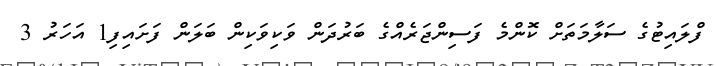
ފްލައިޓުގެ ސަލާމަތަށް ކޮންމެ ފަސިންޖަރެއްގެ ބަރުދަން ވަކިވަކިން ބަލަން ފަށައިފި1 އަހަރު 3